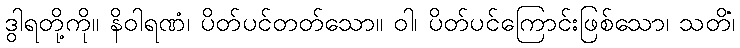
ဒွါရတို့ကို။ နိဝါရဏံ၊ ပိတ်ပင်တတ်သော။ ဝါ၊ ပိတ်ပင်ကြောင်းဖြစ်သော၊ သတိံ၊